Newspaper: The Bossier banner. [volume]
Place of publication: Bellevue, Bossier Parish, La.
Publisher: W.H. Scanland
Date: 1900-05-17 00:00:00
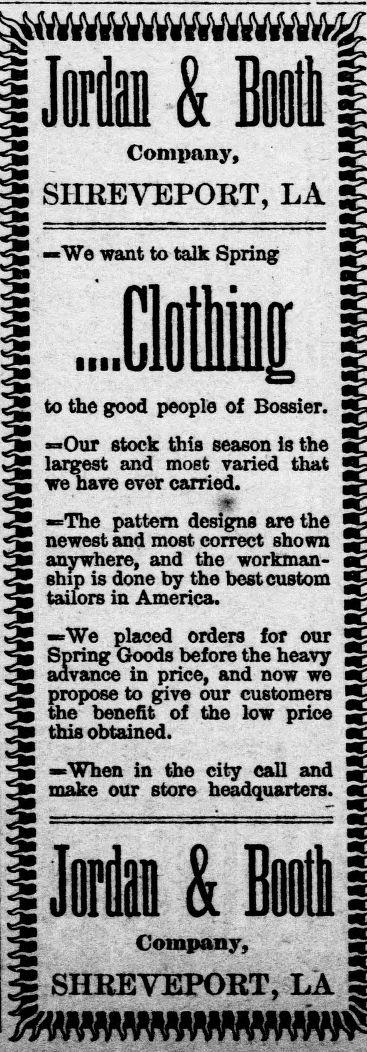
Advertisement text (OCR):
Company, SHREVEPORT, LA —We want to talk Spring lllll to the good people of Bossier. —Our stock this season is the largest and moet varied that we have ever carried. —The pattern designs are the newest and most correct shown anywhere, and the workman ship is done by the best custom tailors in America. —We placed orders for our Spring Goods before the heavy advance in price, and now we propose to give our customers the benefit of the low price this obtained. —When in the city call and make our store headquarters. Company, SHREVEPORT, LA
Label: text-only